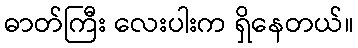
ဓာတ်ကြီး လေးပါးက ရှိနေတယ်။